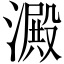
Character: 澱